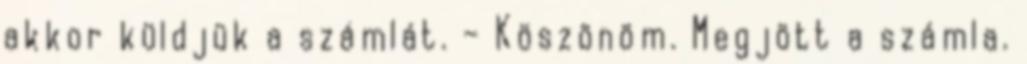
akkor küldjük a számlát. – Köszönöm. Megjött a számla.